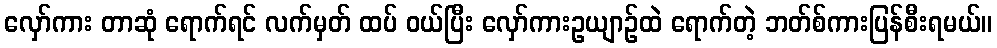
လှော်ကား တာဆုံ ရောက်ရင် လက်မှတ် ထပ် ဝယ်ပြီး လှော်ကားဥယျာဉ်ထဲ ရောက်တဲ့ ဘတ်စ်ကားပြန်စီးရမယ်။